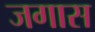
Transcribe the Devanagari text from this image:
जगास